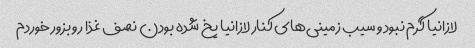
لازانیا گرم نبود و سیب زمینی‌های کنار لازانیا یخ شده بودن نصف غذا رو بزور خوردم